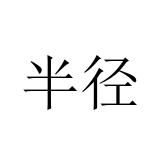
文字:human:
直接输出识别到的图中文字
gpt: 半径